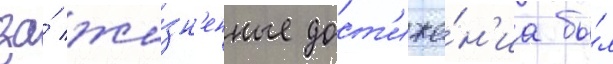
за́ жи́зн'енные дост'иже́н'иа бы́л